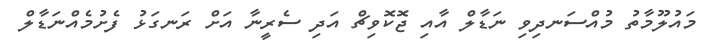
މައުލޫމާތު މުއްސަނދިވި ނަޑާލް އާއި ޖޮކޮވިޗް އަދި ސެރީނާ އަށް ރަނގަޅު ފެށުމެއްނަޑާލް